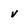
Character: v